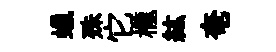
蠟殊它櫳紘奄